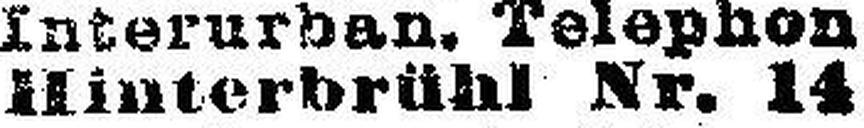
Hinterbrühl Nr. 14